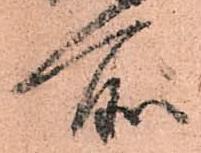
所